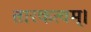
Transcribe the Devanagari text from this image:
तारकत्वम्।